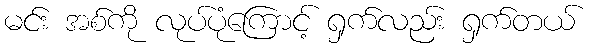
မင်း အစ်ကို လုပ်ပုံကြောင့် ရှက်လည်း ရှက်တယ်